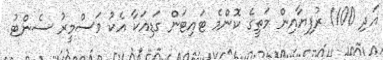
އަދި 1100 ރުފިޔާއިން މަތީގެ ކޮންމެ ޓައިޓަން ގަޑިއަކާ އެކު ވަސްމީރު ސެންޓު